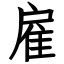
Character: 雇